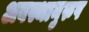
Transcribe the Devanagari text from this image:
अवस्थानुरुप